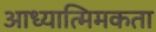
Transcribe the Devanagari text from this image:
आध्यात्मिमकता